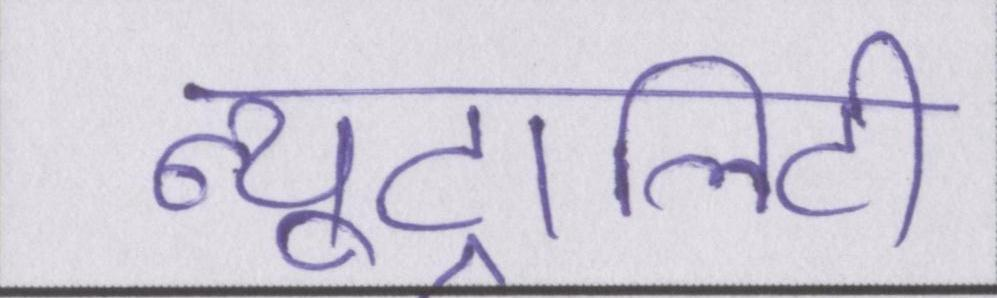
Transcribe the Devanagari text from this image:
न्यूट्रालिटी